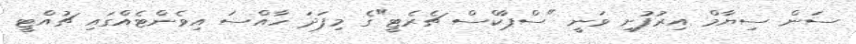
ސަން ސިޔާމް އިރުފުށި ވަނީ "ސްޕާކްސް ޗެރެޓީ"ގެ މިފަދަ ހާއްސަ އިވެންޓެއްގައި ޗުއްޓީ